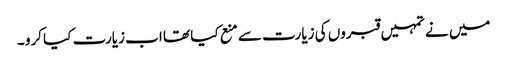
میں نے تمہیں قبروں کی زیارت سے منع کیا تھا اب زیارت کیا کرو ۔